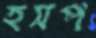
হসপ